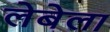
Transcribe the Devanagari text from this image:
लेबेला